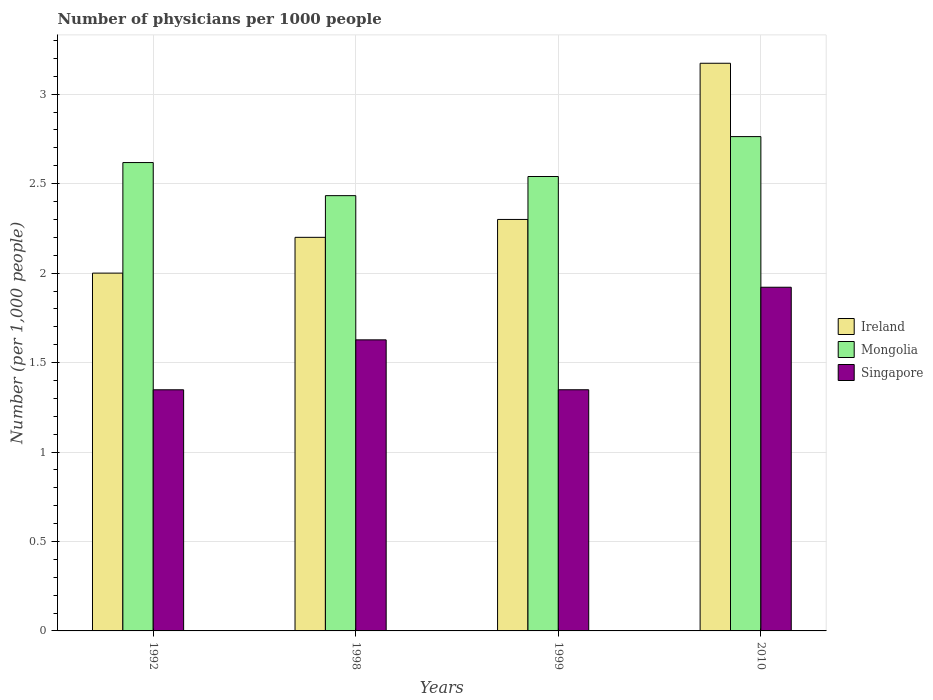
| Years | Ireland | Mongolia | Singapore |
 | --- | --- | --- | --- |
 | 1992 | 2 | 2.62 | 1.35 |
 | 1998 | 2.2 | 2.43 | 1.63 |
 | 1999 | 2.3 | 2.54 | 1.35 |
 | 2010 | 3.17 | 2.76 | 1.92 |